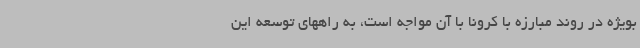
بویژه در روند مبارزه با کرونا با آن مواجه است، به راههای توسعه این